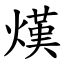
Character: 熯